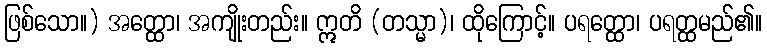
ဖြစ်သော။) အတ္ထော၊ အကျိုးတည်း။ ဣတိ (တသ္မာ)၊ ထိုကြောင့်။ ပရတ္ထော၊ ပရတ္ထမည်၏။